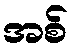
အစ်